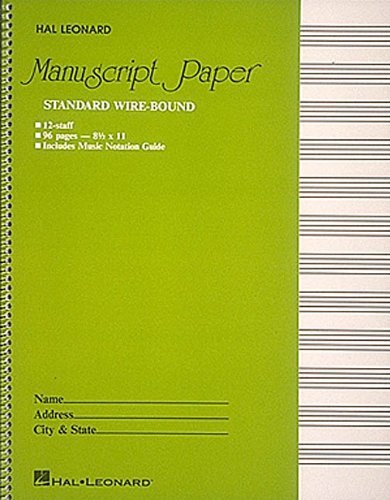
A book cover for Manuscript Paper Standard Wire-Bound 12 Stave; Hal Leonard Music Books; Humor & Entertainment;